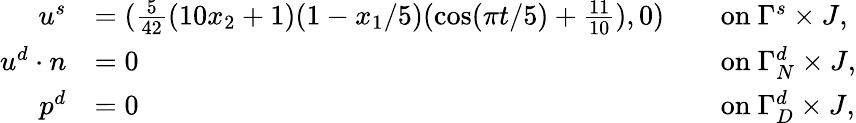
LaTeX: \begin{array}{rlrl}{u^{s}}&{=(\frac{5}{42}(10x_{2}+1)(1-x_{1}/5)(\cos(\pi t/5)+\frac{11}{10}),0)}&&{\mathrm{on~}\Gamma^{s}\times J,}\\ {u^{d}\cdot n}&{=0}&&{\mathrm{on~}\Gamma_{N}^{d}\times J,}\\ {p^{d}}&{=0}&&{\mathrm{on~}\Gamma_{D}^{d}\times J,}\end{array}